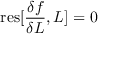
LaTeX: \mathrm { r e s } [ \frac { \delta f } { \delta L } , L ] = 0